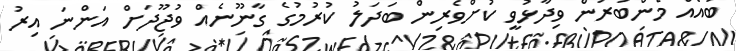
ބައެއް މެންބަރުން ވިދާޅުވީ ކުށްވެރިން ބަދަލު ކުރުމުގެ ގާނޫނެއް ވުޖޫދަށް އަންނަ އިރު